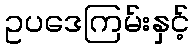
ဥပဒေကြမ်းနှင့်